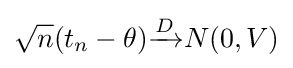
{\sqrt {n}}(t_{n}-\theta ){\xrightarrow {D}}N(0,V)